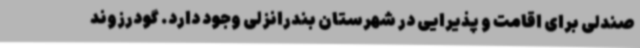
صندلی برای اقامت و پذیرایی در شهرستان بندرانزلی وجود دارد. گودرزوند